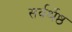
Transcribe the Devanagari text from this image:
सर्वर्श्रेष्ठ